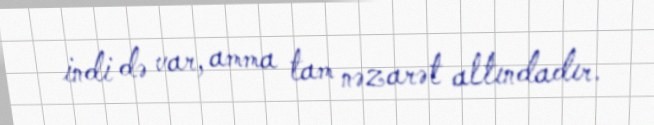
indi də var, amma tam nəzarət altındadır.